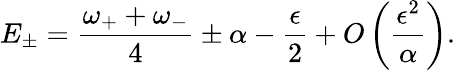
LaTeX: E_{\pm}={\frac{\omega_{+}+\omega_{-}}{4}}\pm\alpha-{\frac{\epsilon}{2}}+O\left({\frac{\epsilon^{2}}{\alpha}}\right).